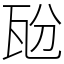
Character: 瓰